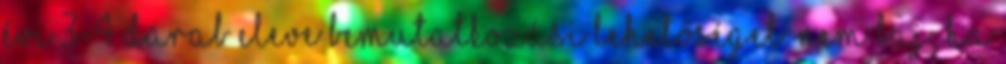
évi 3-4 darab eleve bemutatkozási lehetőséget. Nem baj, ha